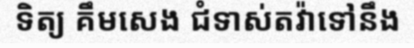
ទិត្យ គឹមសេង ជំទាស់តវ៉ាទៅនឹង